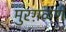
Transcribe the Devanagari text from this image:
मुरग़ळणे